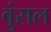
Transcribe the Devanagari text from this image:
बुंसल